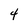
Character: 4